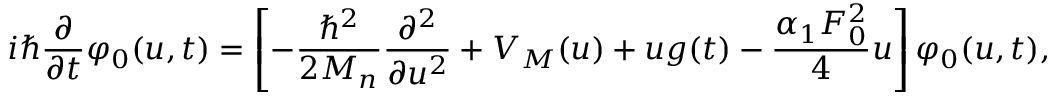
i \hbar \frac { \partial } { \partial t } \varphi _ { 0 } ( u , t ) = \left[ - \frac { \hbar ^ { 2 } } { 2 M _ { n } } \frac { \partial ^ { 2 } } { \partial u ^ { 2 } } + V _ { M } ( u ) + u g ( t ) - \frac { \alpha _ { 1 } F _ { 0 } ^ { 2 } } { 4 } u \right] \varphi _ { 0 } ( u , t ) ,